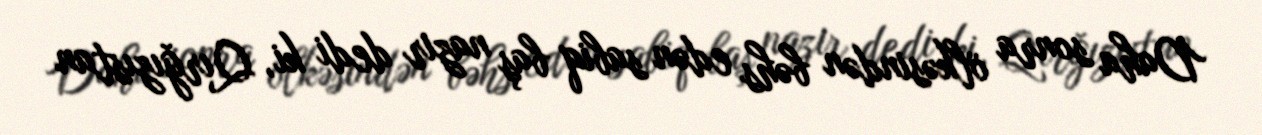
Daha sonra ölkəsindən bəhs edən sabiq baş nazir dedi ki, Qırğızıstan